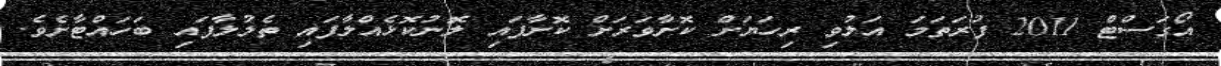
އޯގަސްޓް 2011 ފުރަތަމަ އަލުވި ރިހަޔަށް ކޮށާވަރަށް ކޮށާފައި ލޮނުކޮޅެއްލާފައި ތެލުލާފައި ބަހައްޓާށެވެ.